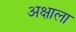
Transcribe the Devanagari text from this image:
अक्षाला